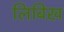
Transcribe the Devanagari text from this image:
लिबिख